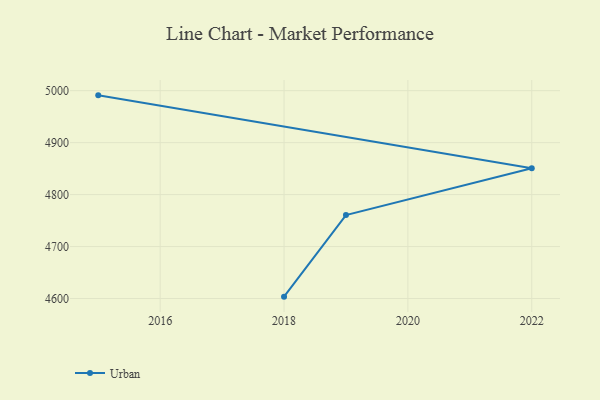
{"axis": {"x": "Year", "y": "Waste Production (Tons)"}, "legend": ["Urban"], "data": [{"x": "2018", "y": 4603.6, "type": "Urban"}, {"x": "2019", "y": 4760.5, "type": "Urban"}, {"x": "2022", "y": 4850.6, "type": "Urban"}, {"x": "2015", "y": 4991.0, "type": "Urban"}]}